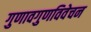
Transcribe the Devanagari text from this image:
गुणावगुणविवेचन